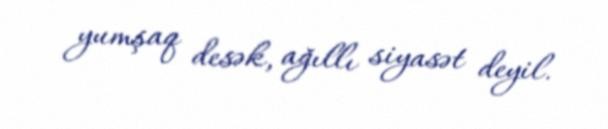
yumşaq desək, ağıllı siyasət deyil.